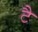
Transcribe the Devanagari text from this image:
टै